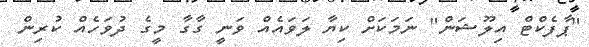
"ޕާފެކްޓް އިލޫޝަން" ނަމަކަށް ކިޔާ ލަވައެއް ވަނީ ގާގާ މީގެ ދުުވަހެއް ކުރިން